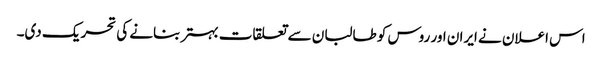
اس اعلان نے ایران اور روس کو طالبان سے تعلقات بہتر بنانے کی تحریک دی۔